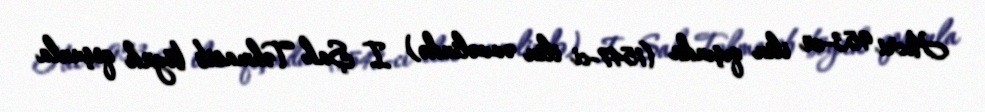
Hicri 953-cü ilin qışında (1547-ci ilin əvvəlində) I Şah Təhmasib böyük qoşunla